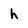
Character: h